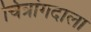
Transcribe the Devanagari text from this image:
चित्रांगदाला